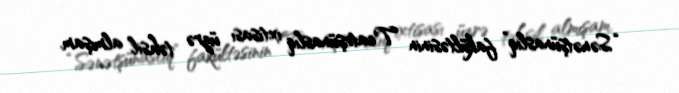
“Sənətşünaslıq” fakültəsinin Teatrşünaslıq ixtisası üzrə təhsil almışam.